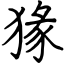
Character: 猭